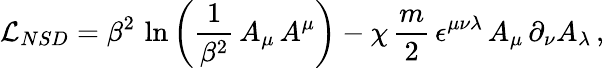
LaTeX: {\cal L}_{NSD}=\beta^{2}\, \ln\left(\frac{1}{\beta^{2}}\, A_{\mu}\, A^{\mu}\right)-\chi\, \frac{m}{2}\, \epsilon^{\mu\nu\lambda}\, A_{\mu}\, \partial_{\nu}A_{\lambda}\, ,